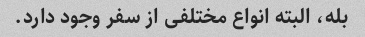
بله، البته انواع مختلفی از سفر وجود دارد.